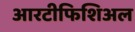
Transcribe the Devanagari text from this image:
आरटीफिशिअल